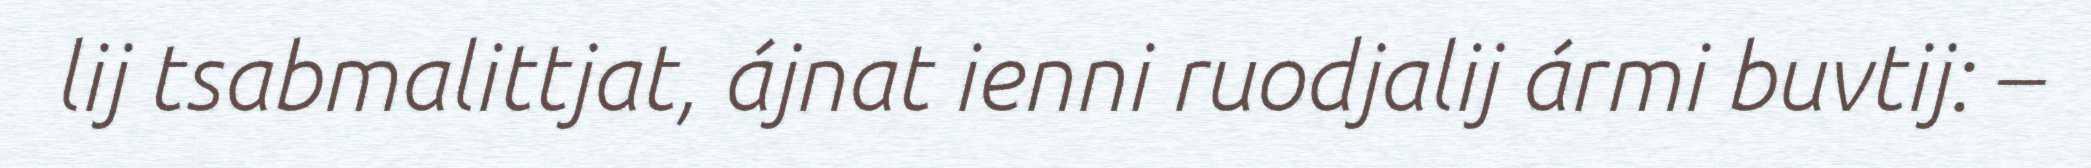
lij tsabmalittjat, ájnat ienni ruodjalij ármi buvtij: –